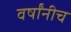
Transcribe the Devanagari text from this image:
वर्षांनीच